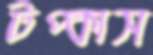
টপ্‌কাস